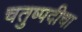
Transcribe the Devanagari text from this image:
चतुष्पदीचा